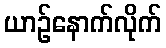
ယာဉ်နောက်လိုက်